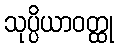
သုပ္ပိယာဝတ္ထု